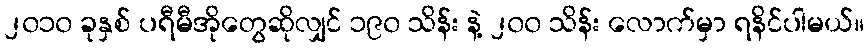
၂၀၁၀ ခုနှစ် ပရီမီအိုတွေဆိုလျှင် ၁၉၀ သိန်း နဲ့ ၂၀၀ သိန်း လောက်မှာ ရနိင်ပါမယ်။